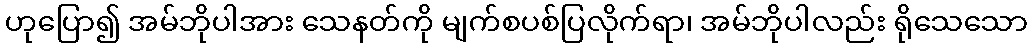
ဟုပြော၍ အမ်ဘိုပါအား သေနတ်ကို မျက်စပစ်ပြလိုက်ရာ၊ အမ်ဘိုပါလည်း ရိုသေသော